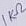
Text: 1KΩ